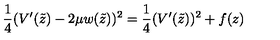
\frac 1 4 ( V ^ { \prime } ( \tilde { z } ) - 2 \mu w ( \tilde { z } ) ) ^ { 2 } = \frac 1 4 ( V ^ { \prime } ( \tilde { z } ) ) ^ { 2 } + f ( z )